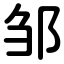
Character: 邹